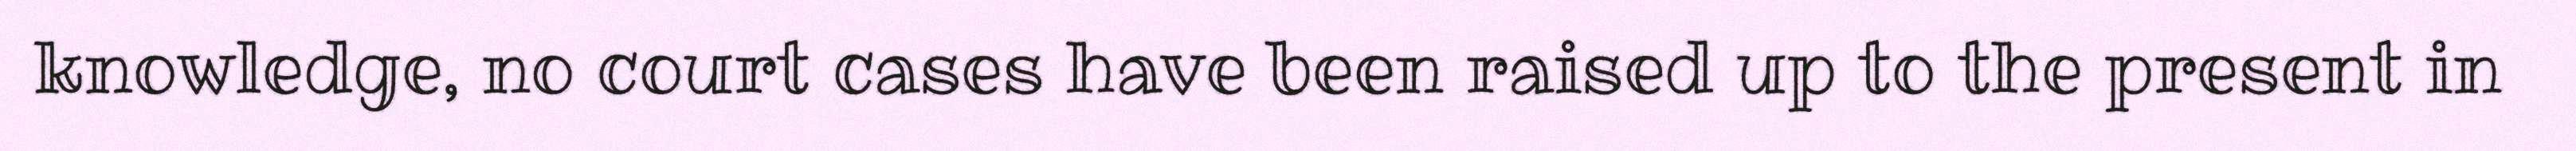
knowledge, no court cases have been raised up to the present in